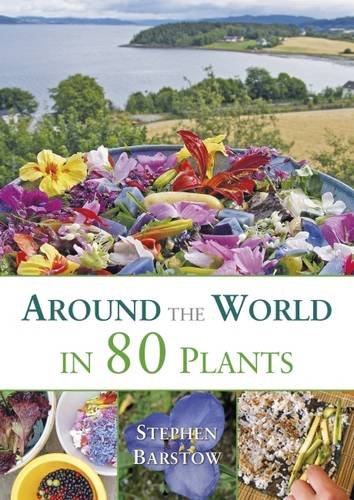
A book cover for Around The World in 80 Plants: An Edible Perennial Vegetable Adventure for Temperate Climates; Stephen Barstow; Crafts, Hobbies & Home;